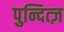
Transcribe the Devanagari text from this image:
पुन्दित्ज़